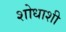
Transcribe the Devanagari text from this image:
शोधाशी